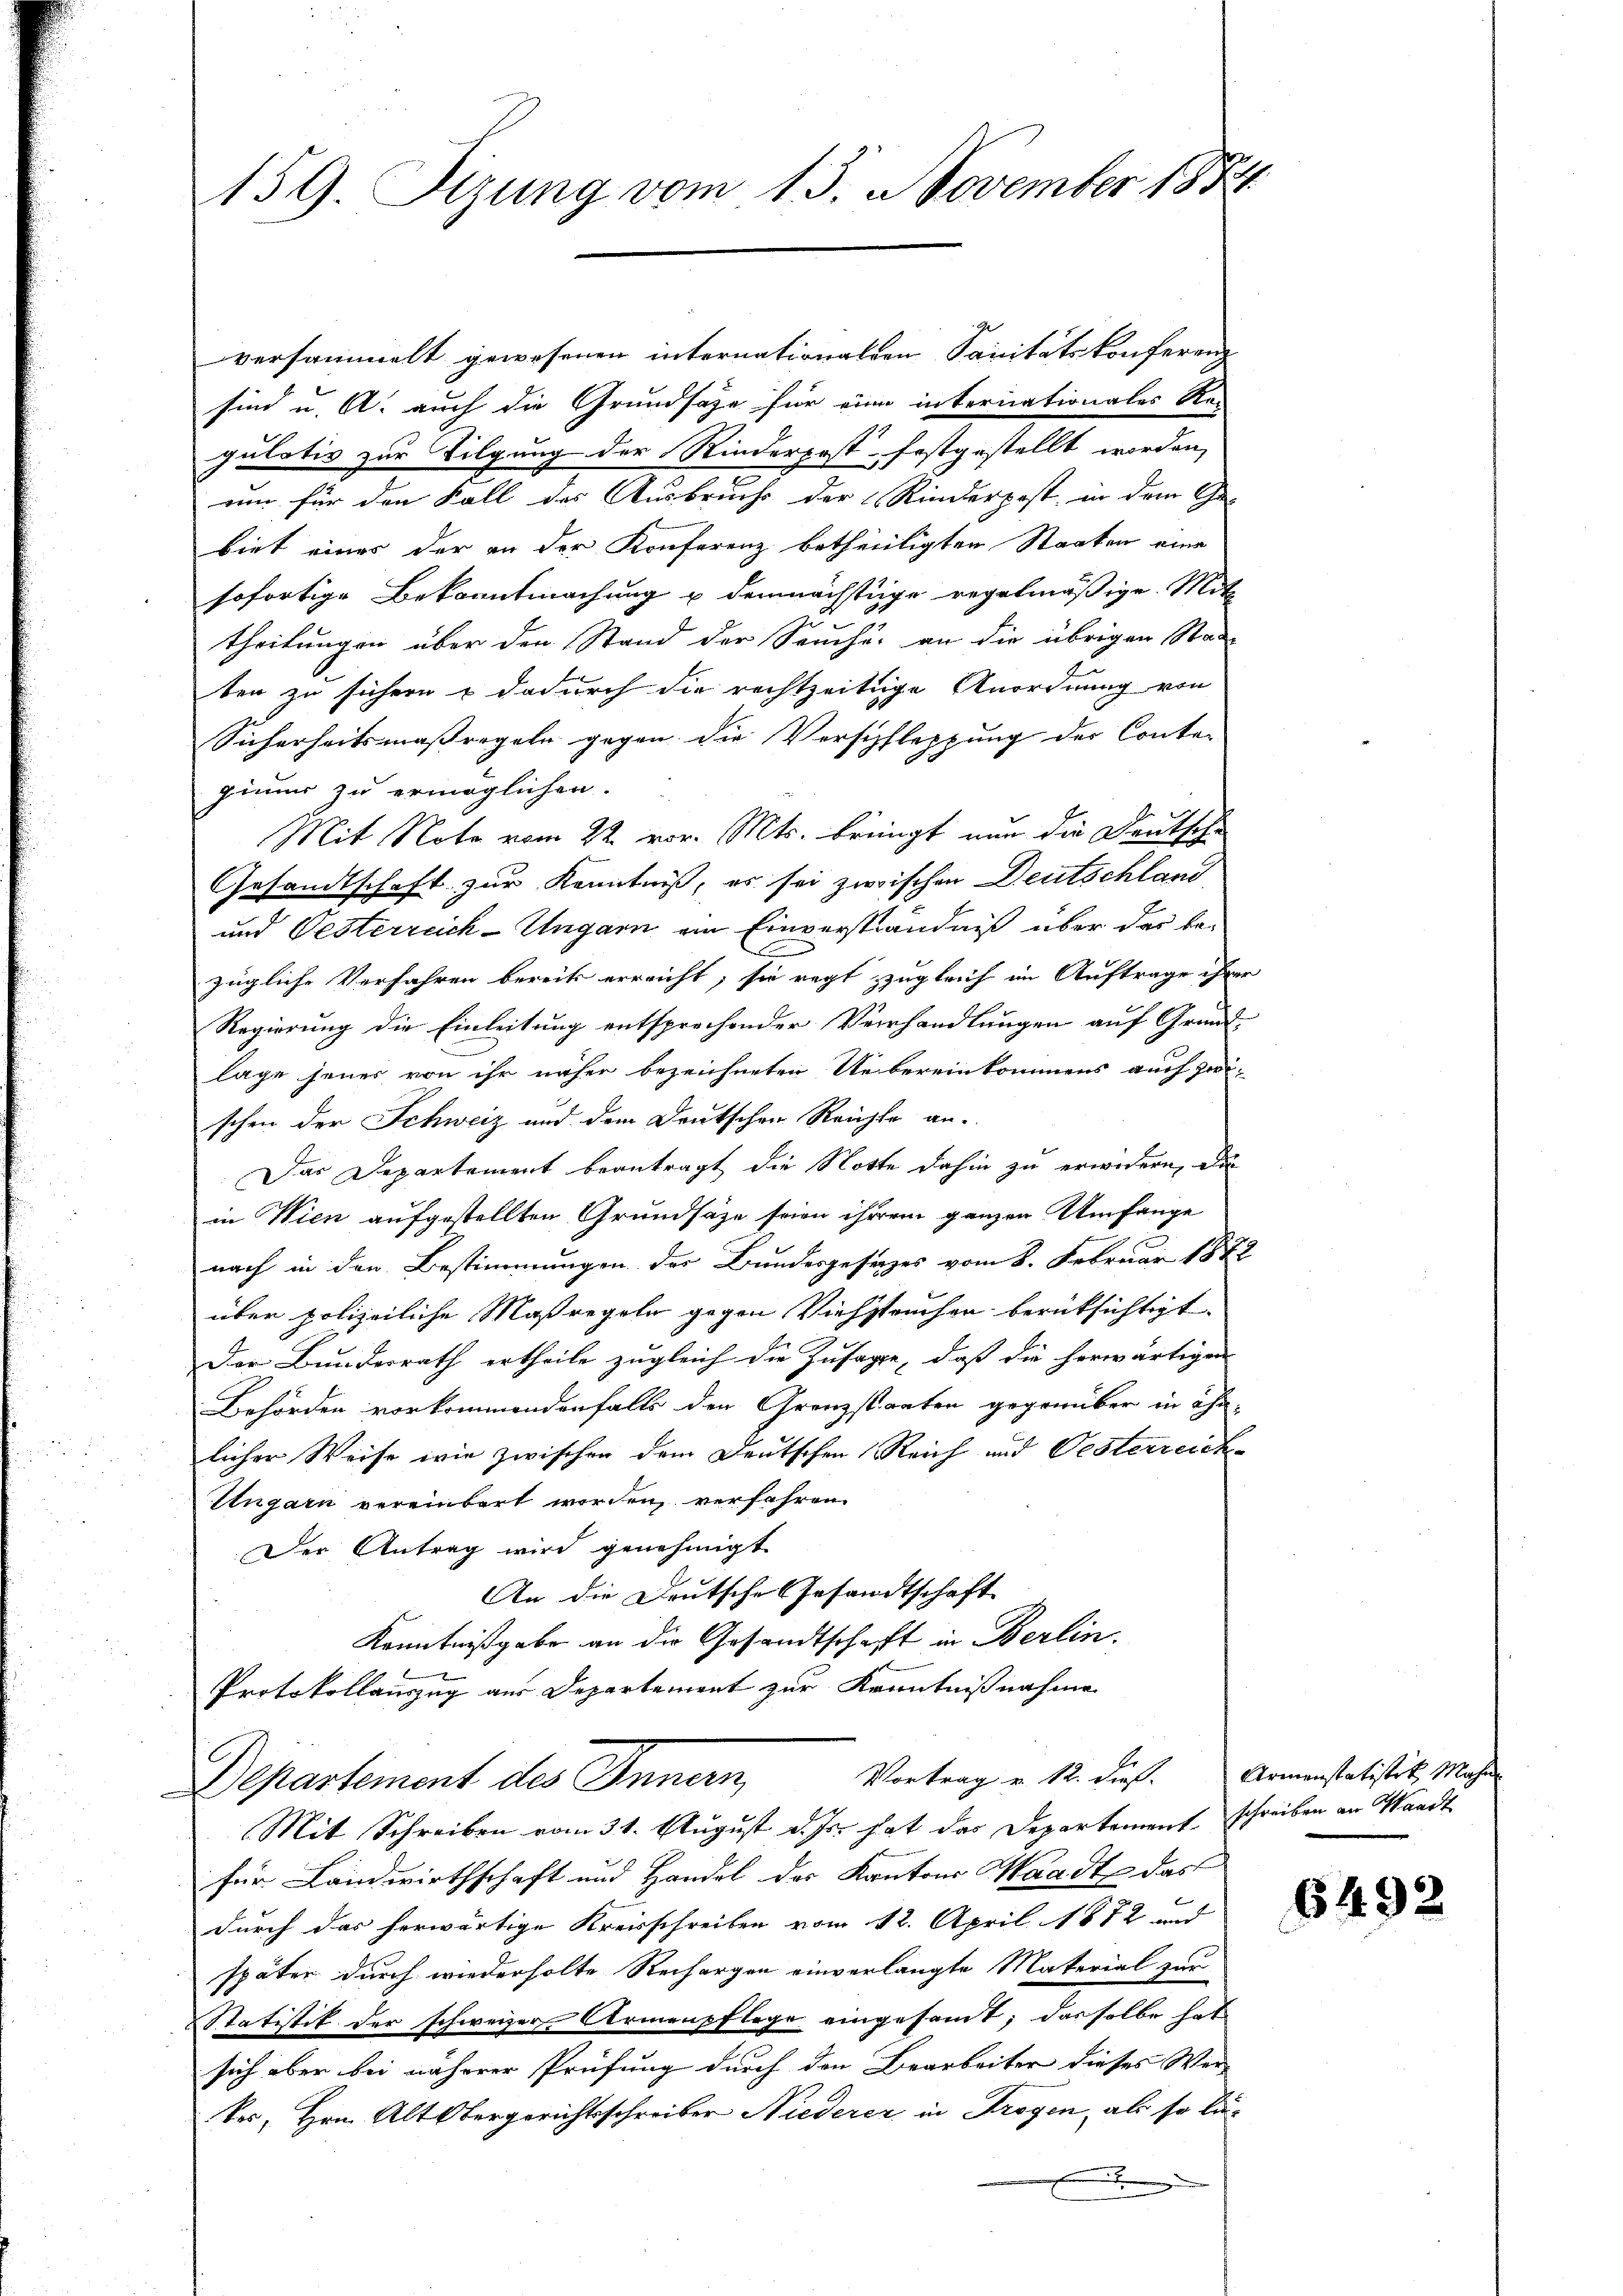
159. Sizung vom 15. November 1884

versammelt gewesenen internationalen Sanitätskonferenz
sind u. A. auch die Grundsätze für eine internationales Re-
gulativ zur Tilgung der Rinderpost festgestellt worden,
un für den Fall des Ausbruch der Rinderpost, in dem Ge-
biet eines der an der Konferenz betheilligten Staaten eine
sofortige Bekanntmachung u demnächstige regelmäßige Mitt
theilungen über den Stand der Seuche, an die übrigen Stad-
ben zu sichern & dadurch die rechtzeitige Anordnung von
Sicherheitsmaßregeln gegen die Verschfleppung der Conto-
gium zu ermöglichen.
Mit Note vom 22. vor. Mts. bringt nun die Deutsche
Gesandtschaft zur Kenntniß, es sei zwischen Deutschland
und Oesterreich-Ungarn ein Einverständniß über der bezügliche Verfahren bereits erreicht, sie regt zugleich im Auftrage ihr
Regierung die Einleitung entsprechender Verhandlungen auf Grund-
lage jener von ihr näher bezeichneten Uebereinkommens auch zwi-
schen der Schweiz und dem Deutschen Reichte an.
Das Departement beantragt die Notte dahin zu erwidern, di
in Wien aufgestellten Grundsätze seien ihrem ganzen Umfange
nach in den Bestimmungen des Bundesgesezes vom 8. Februar 184.
über polizeiliche Maßregeln gegen Viehstauchen berüksichtigt.
Der Bundesrath ertheile zugleich die Zusage, daß die herwärtigen
Behörden vorkommendenfalls den Grenzstanten gegenüber in ähn-
licher Weise wie zwischen dem Deutschen Reich und Oesterreich-
Ungarn vereinbart worden, verfahren.
Der Antrag wird genehmigt.
An die Deutsche Gesandtschaft
Kenntnißgabe an die Gesandtschafft in Berlin.
Protokollauszug aus Departement zur Kenntnißnahme
C
Vortrag v. 12. dieß. Armenstatistik, Mahn
Departement des Innern,
Mit Schreiben vom 31. August d. Js. hat das Departement, schreiben an Standt
für Landwirthschaft und Handel der Kantons Waadt das
durch das herwärtige Kreisschreiben vom 12. April 1872 und
später durch wiederholte Rechargen einverlangte Material zur
Statistik der schweizer Armenpflege eingesamt; dasselbe hat
sich aber bei näherer Prüfung durch den Bearbeiter dieses Wer-
ter, Hrn. Alt Obergerichtsschreiber Niederer in Trogen, als so lä¬

6492